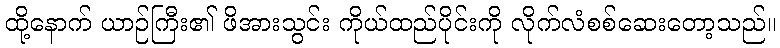
ထို့နောက် ယာဉ်ကြီး၏ ဖိအားသွင်း ကိုယ်ထည်ပိုင်းကို လိုက်လံစစ်ဆေးတော့သည်။